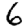
Digit: 6